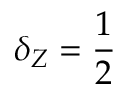
\delta _ { Z } = \frac { 1 } { 2 }